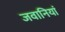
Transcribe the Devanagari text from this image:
जवानियां